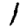
Digit: 1